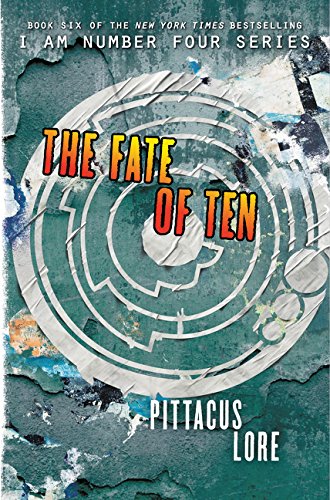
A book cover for The Fate of Ten (Lorien Legacies); Pittacus Lore; Teen & Young Adult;